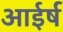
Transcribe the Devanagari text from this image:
आईर्ष